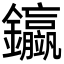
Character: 𨰊